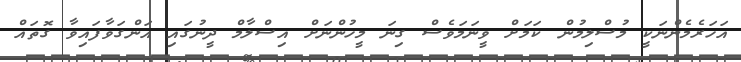
އަހަރެމެންނަކީ މުސްލިމުން ކަމަށް ވީނަމަވެސް ގިނަ މީހުންނަށް އިސްލާމް ދީނުގައި އަންގަވާފައިވާ ގޮތައް